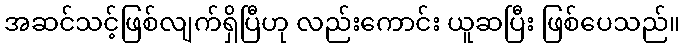
အဆင်သင့်ဖြစ်လျက်ရှိပြီဟု လည်းကောင်း ယူဆပြီး ဖြစ်ပေသည်။